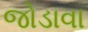
જોડાવા